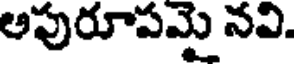
అపురూపమై నవి.